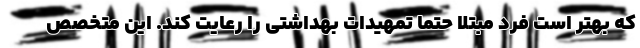
که بهتر است فرد مبتلا حتما تمهیدات بهداشتی را رعایت کند. این متخصص